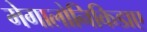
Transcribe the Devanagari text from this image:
मेगालोनिकिडाए